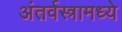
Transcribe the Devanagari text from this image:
अंतर्वस्त्रामध्ये